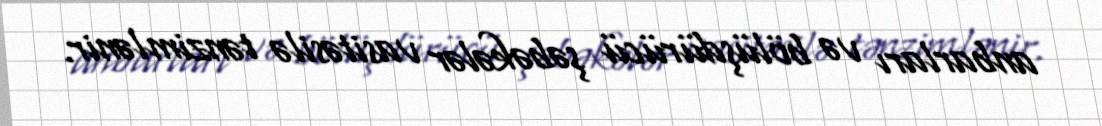
anbarları və bölüşdürücü şəbəkələr vasitəsilə tənzimlənir.